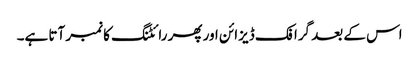
اس کے بعد گرافک ڈیزائن اور پھر رائٹنگ کا نمبر آتا ہے۔